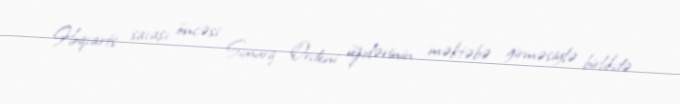
Hoqvarts savaşı öncəsi Simurq Ordeni üzvlərinin məktəbə girməsiylə birlikdə